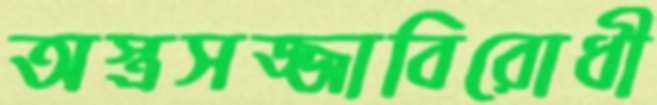
অস্ত্রসজ্জাবিরোধী